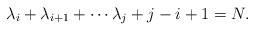
\begin{align*}\lambda_{i}+\lambda_{i+1}+\cdots \lambda_{j}+j-i+1=N.\end{align*}